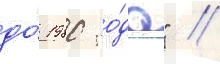
до́ 1980 го́да" //